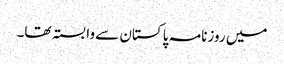
میں روزنامہ پاکستان سے وابستہ تھا۔